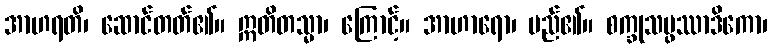
အာဟရတိ၊ ဆောင်တတ်၏။ ဣတိတသ္မာ၊ ကြောင့်။ အာဟာရော၊ မည်၏။ စက္ခုသမ္ဖဿာဒိကော၊